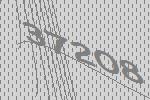
37208